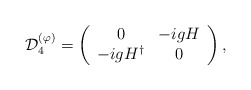
\begin{align*}{\cal D}^{(\varphi)}_{4}=\left( \begin{array}{cc} 0 & -i g H \\ -i g H^{\dagger} & 0 \end{array} \right),\end{align*}